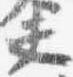
夫